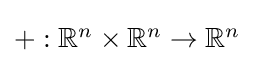
{\textstyle +:\mathbb {R} ^{n}\times \mathbb {R} ^{n}\to \mathbb {R} ^{n}}